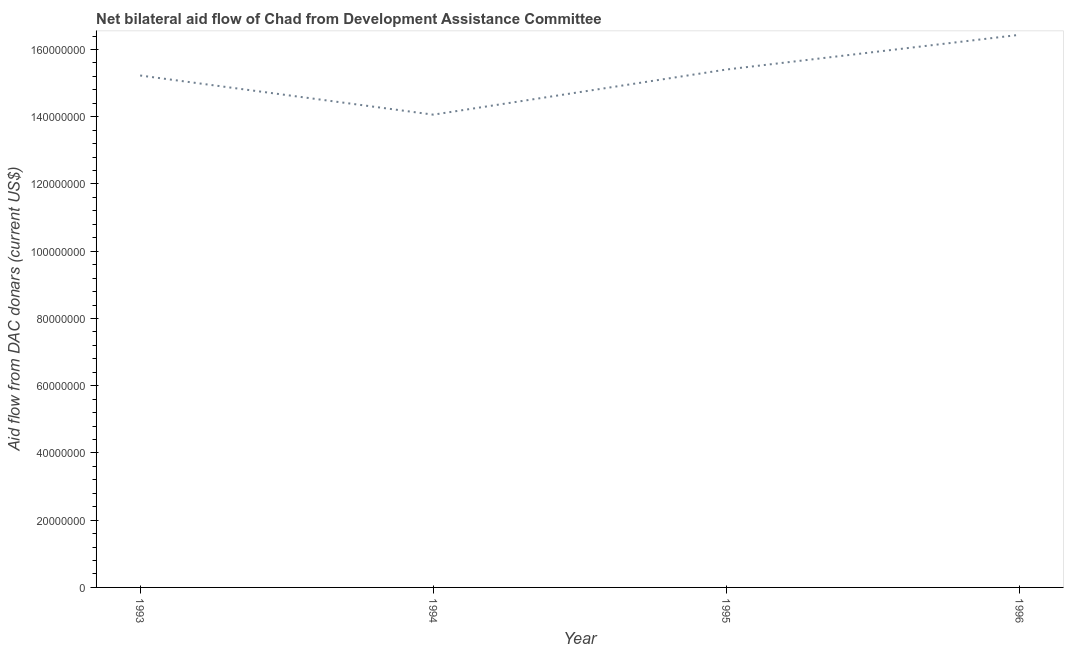
| Year | Net bilateral aid flows from DAC donors |
 | --- | --- |
 | 1993 | 1.52e+08 |
 | 1994 | 1.41e+08 |
 | 1995 | 1.54e+08 |
 | 1996 | 1.64e+08 |